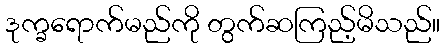
ဒုက္ခရောက်မည်ကို တွက်ဆကြည့်မိသည်။